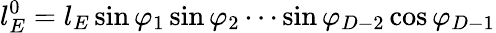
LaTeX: l_{E}^{0}=l_{E}\sin\varphi_{1}\sin\varphi_{2}\cdots\sin\varphi_{D-2}\cos\varphi_{D-1}